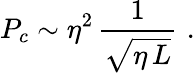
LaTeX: P_{c}\sim\eta^{2}\, \frac{1}{\sqrt{\eta\, L}}\, \, .